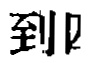
到即